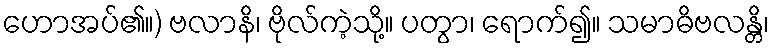
ဟောအပ်၏။) ဗလာနိ၊ ဗိုလ်ကဲ့သို့။ ပတွာ၊ ရောက်၍။ သမာဓိဗလန္တိ၊